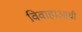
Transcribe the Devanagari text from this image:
विवाहाआधी